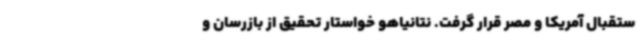
ستقبال آمریکا و مصر قرار گرفت. نتانیاهو خواستار تحقیق از بازرسان و